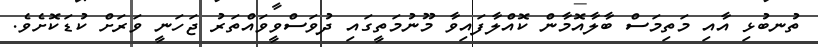
ތުނބުޅި އާއި މަތިމަސް ބާލާއޮމާން ކޮއްލާފައިވާ މޫނުމަތީގައި ދުވަސްވީވައްތަރު ޖަހަނީ ވަރަށް ކުޑަކޮށެވެ.